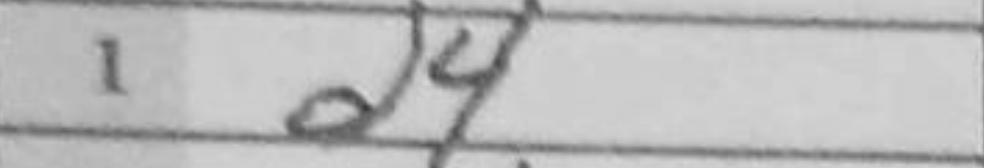
Transcription: d4